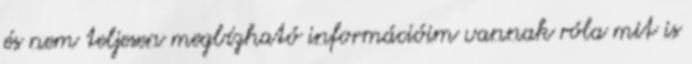
és nem teljesen megbízható információim vannak róla mit is